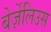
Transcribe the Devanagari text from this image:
बेर्ज़ेलिउस